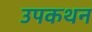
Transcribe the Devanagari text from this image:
उपकथन